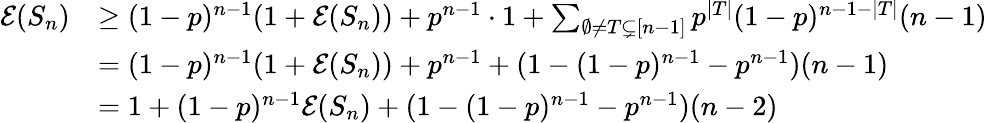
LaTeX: \begin{array}{rl}{\mathcal E(S_{n})}&{\geq(1-p)^{n-1}(1+\mathcal E(S_{n}))+p^{n-1}\cdot 1+\sum_{\emptyset\neq T\subsetneq[n-1]}p^{|T|}(1-p)^{n-1-|T|}(n-1)}\\ &{=(1-p)^{n-1}(1+\mathcal E(S_{n}))+p^{n-1}+(1-(1-p)^{n-1}-p^{n-1})(n-1)}\\ &{=1+(1-p)^{n-1}\mathcal E(S_{n})+(1-(1-p)^{n-1}-p^{n-1})(n-2)}\end{array}